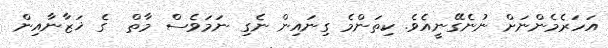
އަހަރެމެންނަށް ނުނެގޭނީއެވެ. ކިތަންމެ ގިނައިން ނެގި ނަމަވެސް މާތް  ގެ ޚަޒާނާއިން